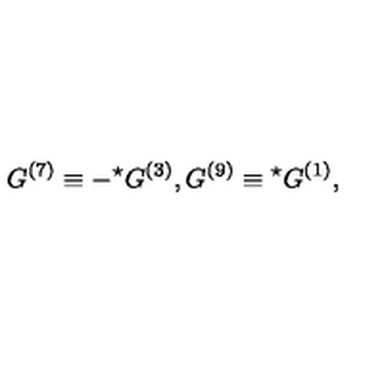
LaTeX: G ^ { ( 7 ) } \equiv - { } ^ { \star } G ^ { ( 3 ) } , G ^ { ( 9 ) } \equiv { } ^ { \star } G ^ { ( 1 ) } ,